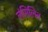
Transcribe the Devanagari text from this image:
लंसिलिन